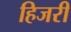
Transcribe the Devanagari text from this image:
हिजरी